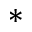
\ast